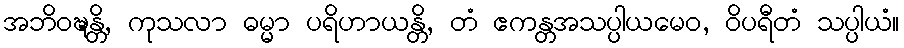
အဘိဝဍ္ဎန္တိ, ကုသလာ ဓမ္မာ ပရိဟာယန္တိ, တံ ဧကန္တအသပ္ပါယမေဝ, ဝိပရီတံ သပ္ပါယံ။